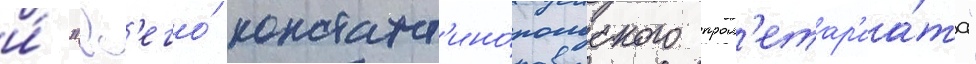
и́ "вс'его́ констант'ино́польского прол'етар'иа́та"